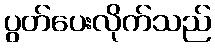
ပွတ်ပေးလိုက်သည်